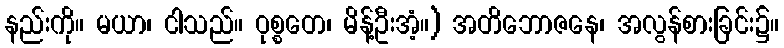
နည်းကို။ မယာ၊ ငါသည်။ ဝုစ္စတေ၊ မိန့်ဦးအံ့။) အတိဘောဇနေ၊ အလွန်စားခြင်း၌။